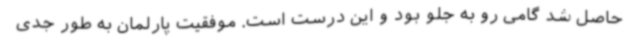
حاصل شد گامی رو به جلو بود و این درست است. موفقیت پارلمان به طور جدی